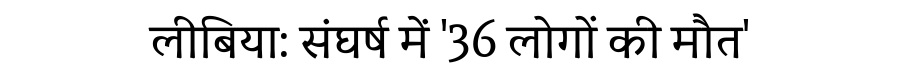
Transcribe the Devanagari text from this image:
लीबिया: संघर्ष में '36 लोगों की मौत'